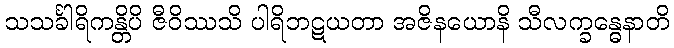
သသင်္ခါရိကန္တိပိ ဇီဝိဿသိ ပါရိဘဋယတာ အဇိနယောနိ သီလက္ခန္ဓေနာတိ